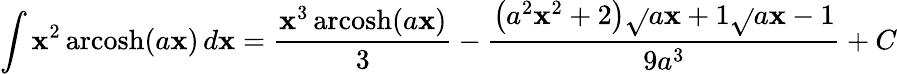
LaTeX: \int\mathbf{x}^{2}\operatorname{arcosh}(a\mathbf{x})\, d\mathbf{x}={\frac{{\mathbf{x}^{3}\operatorname{arcosh}(a\mathbf{x})}}{{3}}}-{\frac{{\left(a^{2}\mathbf{x}^{2}+2\right){\sqrt{}{{a\mathbf{x}+1}}}{\sqrt{}{{a\mathbf{x}-1}}}}}{{9a^{3}}}}+C